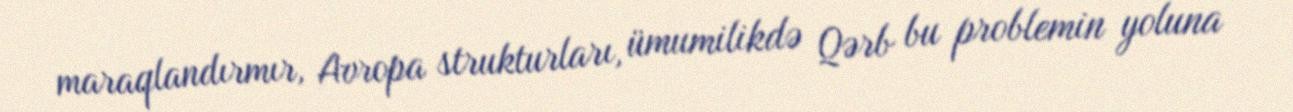
maraqlandırmır, Avropa strukturları, ümumilikdə Qərb bu problemin yoluna